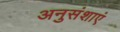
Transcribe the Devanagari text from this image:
अनुसंशाएं